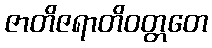
ဇာတိဇရာတိဝတ္တတေ